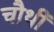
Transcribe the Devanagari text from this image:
चौथीं